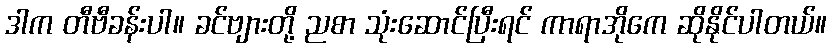
ဒါက တီဗီခန်းပါ။ ခင်ဗျားတို့ ညစာ သုံးဆောင်ပြီးရင် ကာရာအိုကေ ဆိုနိုင်ပါတယ်။